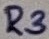
Text: R3